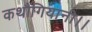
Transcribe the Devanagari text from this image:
कथौंगियानी।।